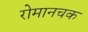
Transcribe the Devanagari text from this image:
रोमानचक